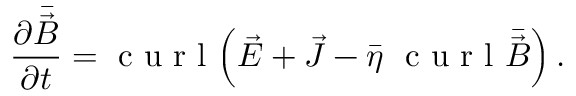
\frac { \partial \bar { \vec { B } } } { \partial t } = { \textrm { c u r l } } \Big ( \vec { \cal E } + \vec { \cal J } - { \bar { \eta } } \ { \textrm { c u r l } } \bar { \vec { B } } \Big ) \, .